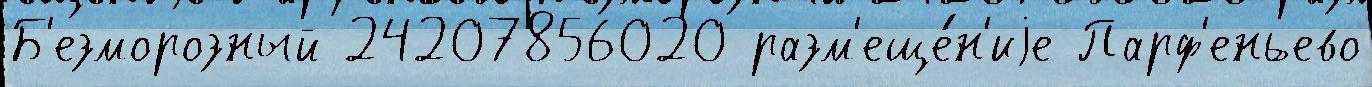
Б'езморозный 24207856020 разм'еще́н'иjе Парф'еньево